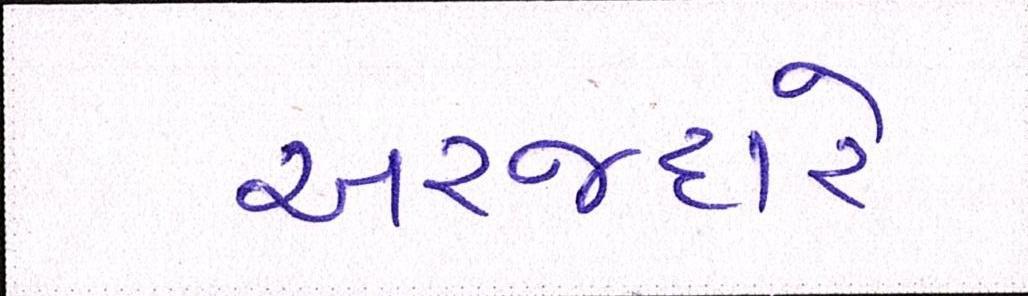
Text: અરજદારે